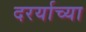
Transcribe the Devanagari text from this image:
दरर्याच्या